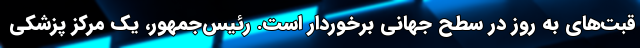
قبت‌های به روز در سطح جهانی برخوردار است. رئیس‌جمهور، یک مرکز پزشکی